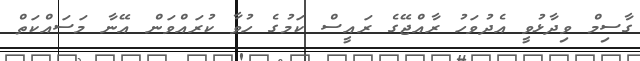
ގާސިމް ވިދާޅުވީ އެދުވަހު ރާއްޖޭގެ ރައީސް ކަމުގެ ހުވާ ކުރައްވަން އޭނާ މަސައްކަތް